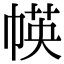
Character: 㡕